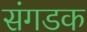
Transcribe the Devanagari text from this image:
संगडक